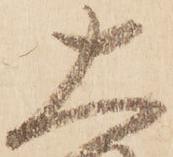
大